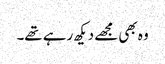
وہ بھی مجھے دیکھ رہے تھے۔